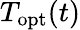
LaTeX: T_{\mathrm{opt}}(t)